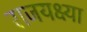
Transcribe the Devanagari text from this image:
राजयक्ष्या